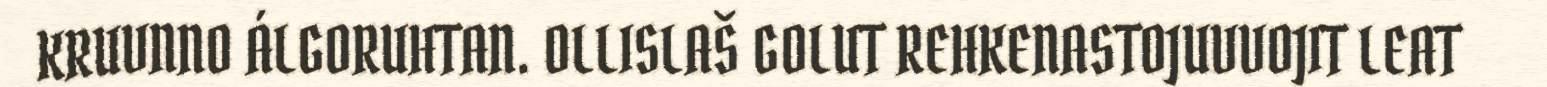
KRUVNNO ÁLGORUHTAN. OLLISLAŠ GOLUT REHKENASTOJUVVOJIT LEAT